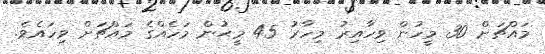
މައްޗަށް 30 މީހުން ވިހާއިރު މިހާރު 45 މީޙުން މަހެއްގެ މައްޗަށް ވިހައެވެ.